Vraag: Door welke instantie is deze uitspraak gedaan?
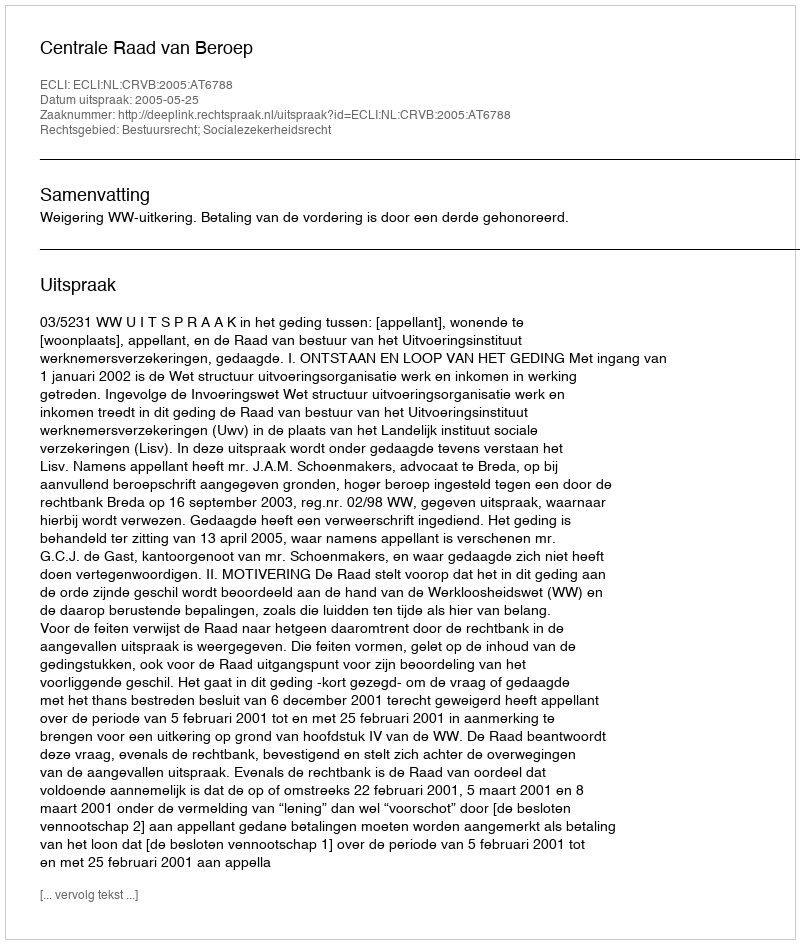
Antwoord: Centrale Raad van Beroep